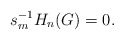
\begin{align*}s_{m}^{-1}H_{n}(G) = 0.\end{align*}